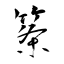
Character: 筿